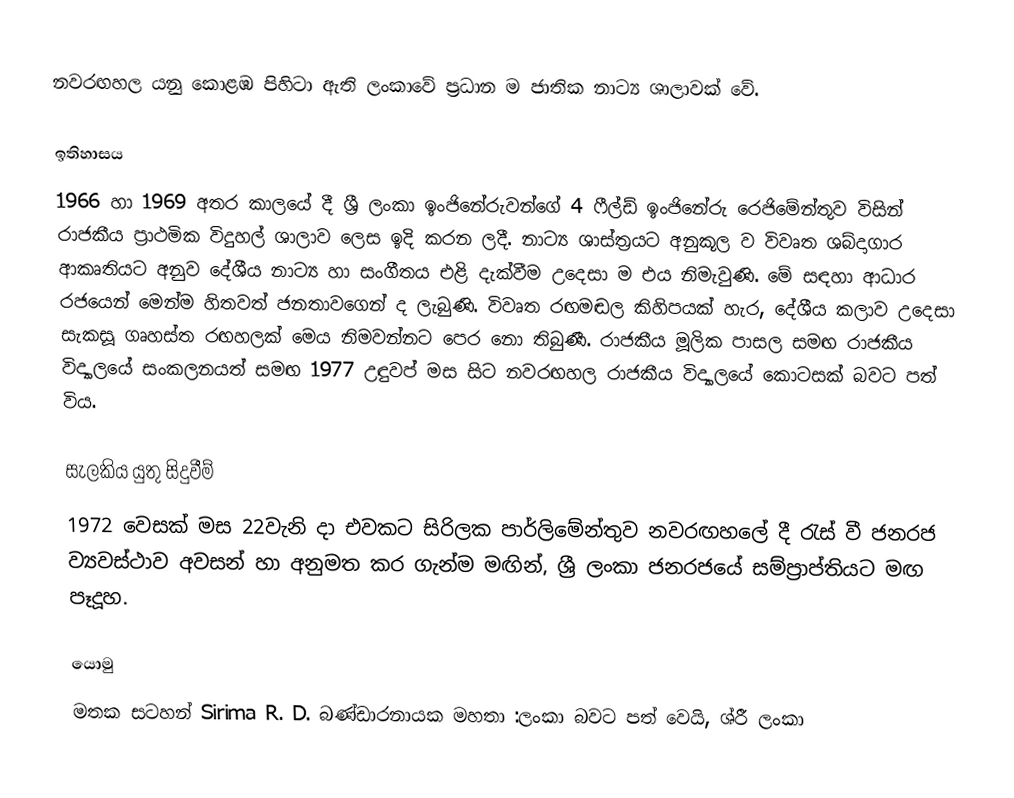
නවරඟහල යනු කොළඹ පිහිටා ඇති ලංකාවේ ප්‍රධාන ම ජාතික නාට්‍ය ශාලාවක් වේ.

ඉතිහාසය
1966 හා 1969 අතර කාලයේ දී ශ්‍රී ලංකා ඉංජිනේරුවන්ගේ 4 ෆීල්ඩ් ඉංජිනේරු රෙජිමේන්තුව විසින් රාජකීය ප්‍රාථමික විදුහල් ශාලාව ලෙස ඉදි කරන ලදී. නාට්‍ය ශාස්ත්‍රයට අනුකූල ව විවෘත ශබ්දාගාර ආකෘතියට අනුව දේශීය නාට්‍ය හා සංගීතය එළි දැක්වීම උදෙසා ම එය නිමැවුණි. මේ සඳහා ආධාර රජයෙන් මෙන්ම හිතවත් ජනතාවගෙන් ද ලැබුණි. විවෘත රඟමඬල කිහිපයක් හැර, දේශීය කලාව උදෙසා සැකසූ ගෘහස්ත රඟහලක් මෙය නිමවන්නට පෙර නො තිබුණී. රාජකීය මූලික පාසල සමඟ රාජකීය විද්‍යාලයේ සංකලනයත් සමඟ 1977 උඳුවප් මස සිට නවරඟහල රාජකීය විද්‍යාලයේ කොටසක් බවට පත් විය.

සැලකිය යුතු සිදුවීම්
1972 වෙසක් මස 22වැනි දා එවකට සිරිලක පාර්ලිමේන්තුව නවරඟහලේ දී රැස් වී ජනරජ ව්‍යවස්ථාව අවසන් හා අනුමත කර ගැන්ම මඟින්, ශ්‍රී ලංකා ජනරජයේ සම්ප්‍රාප්තියට මඟ පෑදූහ.

යොමු
 මතක සටහන් Sirima R. D. බණ්ඩාරනායක මහතා :ලංකා බවට පත් වෙයි, ශ්රී ලංකා